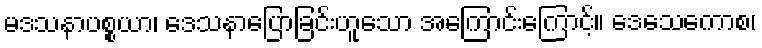
မဒသနာပစ္စယာ၊ ဒေသနာပြောခြင်းဟူသော အကြောင်းကြောင့်။ ဒေသေကောစ၊